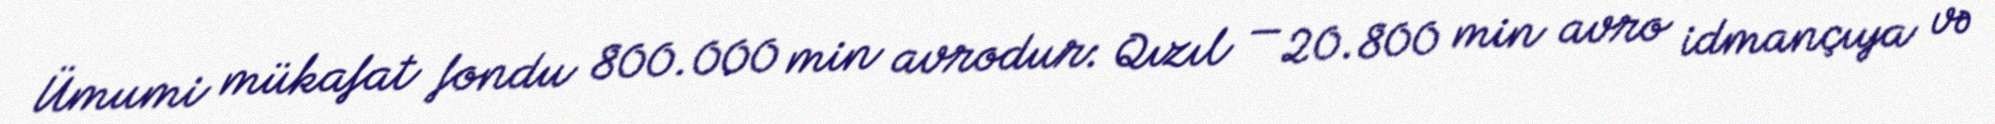
Ümumi mükafat fondu 800.000 min avrodur: Qızıl — 20.800 min avro idmançıya və